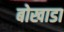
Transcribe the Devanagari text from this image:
बोखाडा